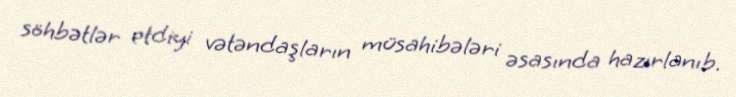
söhbətlər etdiyi vətəndaşların müsahibələri əsasında hazırlanıb.